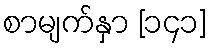
စာမျက်နှာ [၁၄၁]